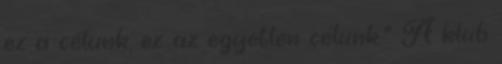
ez a célunk, ez az egyetlen célunk.” A klub